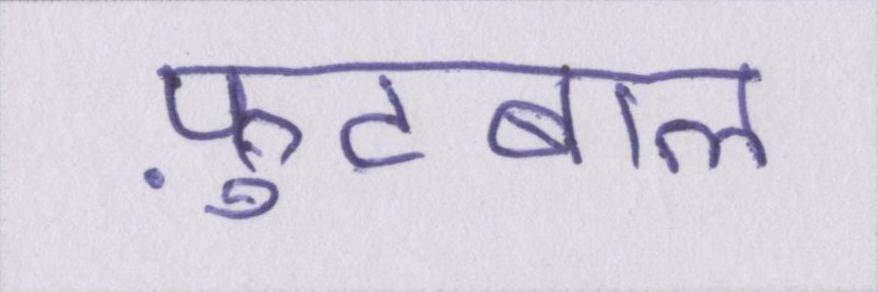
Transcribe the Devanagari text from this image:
फ़ुटबाल